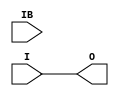
// This program was cloned from: https://github.com/fredrequin/verilator_xilinx
// License: BSD 2-Clause "Simplified" License

`ifdef verilator3
`else
`timescale 1 ps / 1 ps
`endif
//
// IBUFDS primitive for Xilinx FPGAs
// Compatible with Verilator tool (www.veripool.org)
// Copyright (c) 2019-2022 Frdric REQUIN
// License : BSD
//

/* verilator coverage_off */
module IBUFDS
#(
    parameter CAPACITANCE      = "DONT_CARE",
    parameter DIFF_TERM        = "FALSE",
    parameter DQS_BIAS         = "FALSE",
    parameter IBUF_DELAY_VALUE = "0",
    parameter IBUF_LOW_PWR     = "TRUE",
    parameter IFD_DELAY_VALUE  = "AUTO",
    parameter IOSTANDARD       = "DEFAULT"
)
(
    // Clock input
    input  I,
    input  IB,
    // Clock outputs
    output O /* verilator clocker */
);

    assign O = I;
    
endmodule
/* verilator coverage_on */